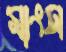
মাংস